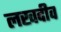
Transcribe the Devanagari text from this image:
लखदीव